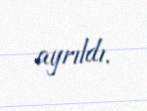
ayrıldı.